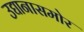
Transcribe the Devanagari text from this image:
उद्यानासमोर